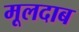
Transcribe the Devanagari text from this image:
मूलदाब